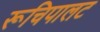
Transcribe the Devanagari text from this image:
रूचिपालट